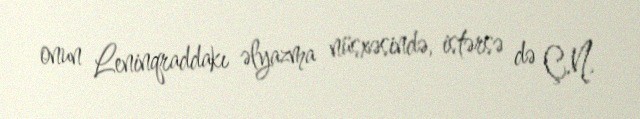
onun Leninqraddakı əlyazma nüsxəsində, istərsə də Ç.N.